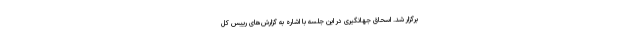
برگزار شد. اسحاق جهانگیری در این جلسه با اشاره به گزارش‌های رییس کل